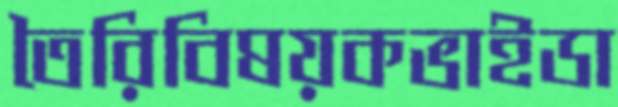
তৈরিবিষয়কভাইডা